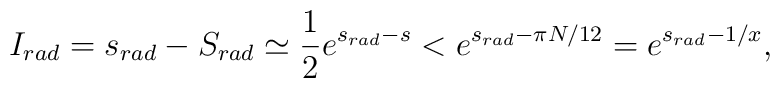
I_{rad}=s_{rad}-S_{rad} \simeq\frac{1}{2}e^{s_{rad}-s}<e^{s_{rad}-\pi N/12}	=e^{s_{rad}-1/x},